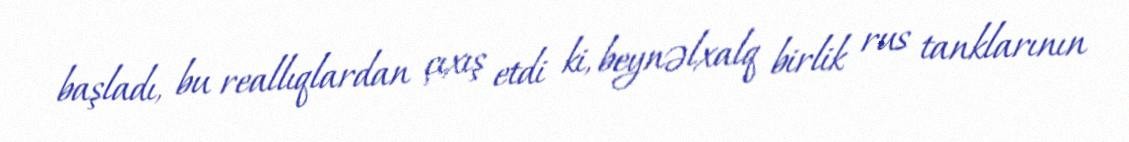
başladı, bu reallıqlardan çıxış etdi ki, beynəlxalq birlik rus tanklarının